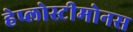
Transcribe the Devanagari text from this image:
हेप्लोस्टीमोनस